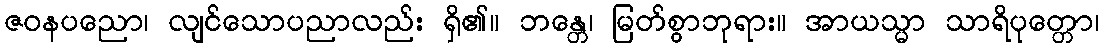
ဇဝနပညော၊ လျင်သောပညာလည်း ရှိ၏။ ဘန္တေ၊ မြတ်စွာဘုရား။ အာယသ္မာ သာရိပုတ္တော၊